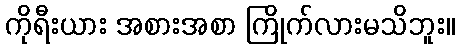
ကိုရီးယား အစားအစာ ကြိုက်လားမသိဘူး။